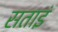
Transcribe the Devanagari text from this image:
सताइं